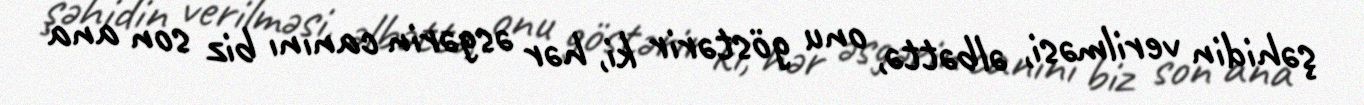
şəhidin verilməsi, əlbəttə, onu göstərir ki, hər əsgərin canını biz son ana